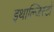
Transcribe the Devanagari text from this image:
इथाल्जिस्टों